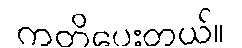
ကတိပေးတယ်။